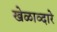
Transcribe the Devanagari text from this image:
खेळाव्दारे